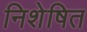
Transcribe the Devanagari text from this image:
निशेषित